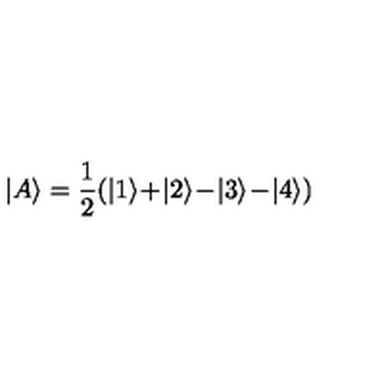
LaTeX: | A \rangle = \frac { 1 } { 2 } ( | 1 \rangle \! + \! | 2 \rangle \! - \! | 3 \rangle \! - \! | 4 \rangle )